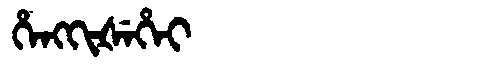
Manchu: ᡥᡝᠩᡴᡳᡧᡝᡥᡝᡳ
Romanization: HENGKIŠEHEI